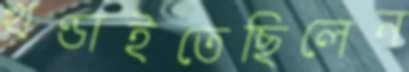
খণ্ডাইতেছিলেন